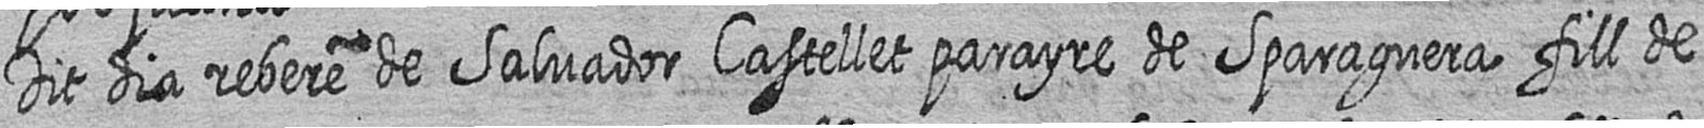
Dit dia rebere de Salvador Castellet parayre de Sparaguera fill de